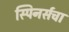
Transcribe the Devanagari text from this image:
स्पिनर्सचा